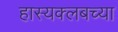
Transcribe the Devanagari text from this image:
हास्यक्लबच्या